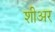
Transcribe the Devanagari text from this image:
शीअर